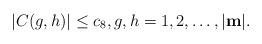
LaTeX: \begin{align*} |C(g,h)|\leq c_{8},g,h=1,2,\ldots,|\textup{\textbf{m}}|.\end{align*}